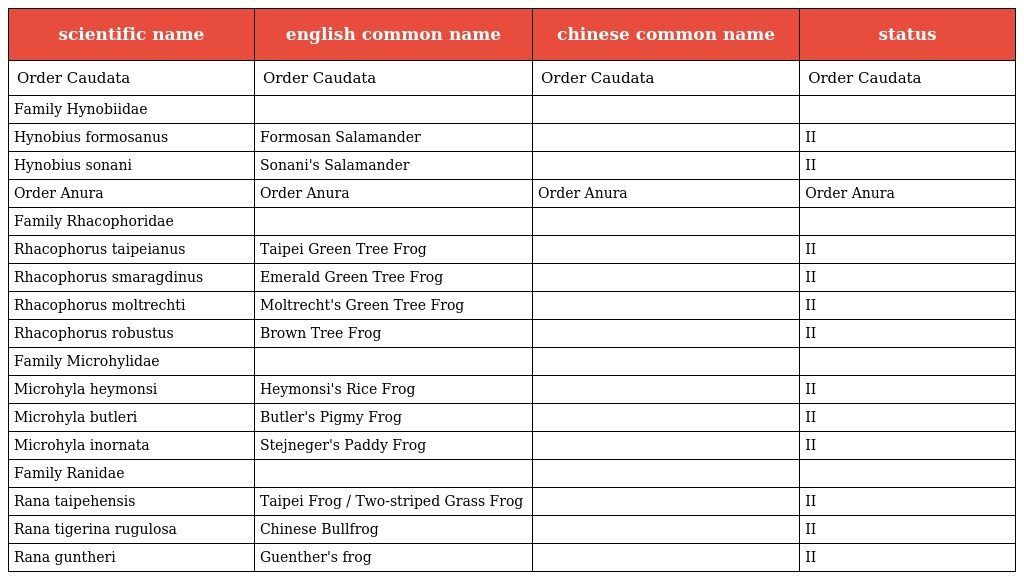
| scientific name | english common name | chinese common name | status |
 | --- | --- | --- | --- |
 | Order Caudata | Order Caudata | Order Caudata | Order Caudata |
 | Family Hynobiidae |  | 山椒魚科 |  |
 | Hynobius formosanus | Formosan Salamander | 臺灣山椒魚 | II |
 | Hynobius sonani | Sonani's Salamander | 楚南氏山椒魚 | II |
 | Order Anura | Order Anura | Order Anura | Order Anura |
 | Family Rhacophoridae |  | 樹蛙科 |  |
 | Rhacophorus taipeianus | Taipei Green Tree Frog | 臺北樹蛙 | II |
 | Rhacophorus smaragdinus | Emerald Green Tree Frog | 翡翠樹蛙 | II |
 | Rhacophorus moltrechti | Moltrecht's Green Tree Frog | 莫氏樹蛙 | II |
 | Rhacophorus robustus | Brown Tree Frog | 褐樹蛙 | II |
 | Family Microhylidae |  | 狹口蛙科 |  |
 | Microhyla heymonsi | Heymonsi's Rice Frog | 黑蒙西氏小雨蛙 | II |
 | Microhyla butleri | Butler's Pigmy Frog | 巴氏小雨蛙 | II |
 | Microhyla inornata | Stejneger's Paddy Frog | 史丹吉氏小雨蛙 | II |
 | Family Ranidae |  | 赤蛙科 |  |
 | Rana taipehensis | Taipei Frog / Two-striped Grass Frog | 臺北赤蛙 | II |
 | Rana tigerina rugulosa | Chinese Bullfrog | 虎皮蛙 | II |
 | Rana guntheri | Guenther's frog | 貢德氏蛙 | II |